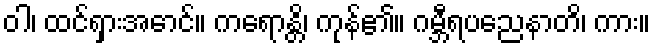
ဝါ၊ ထင်ရှားအောင်။ ကရောန္တိ၊ ကုန်၏။ ဂမ္ဘီရပညေနာတိ၊ ကား။